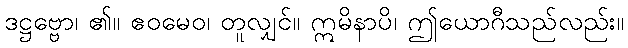
ဒဋ္ဌဗ္ဗော၊ ၏။ ဧဝမေဝ၊ တူလျှင်။ ဣမိနာပိ၊ ဤယောဂီသည်လည်း။